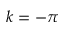
k = - \pi